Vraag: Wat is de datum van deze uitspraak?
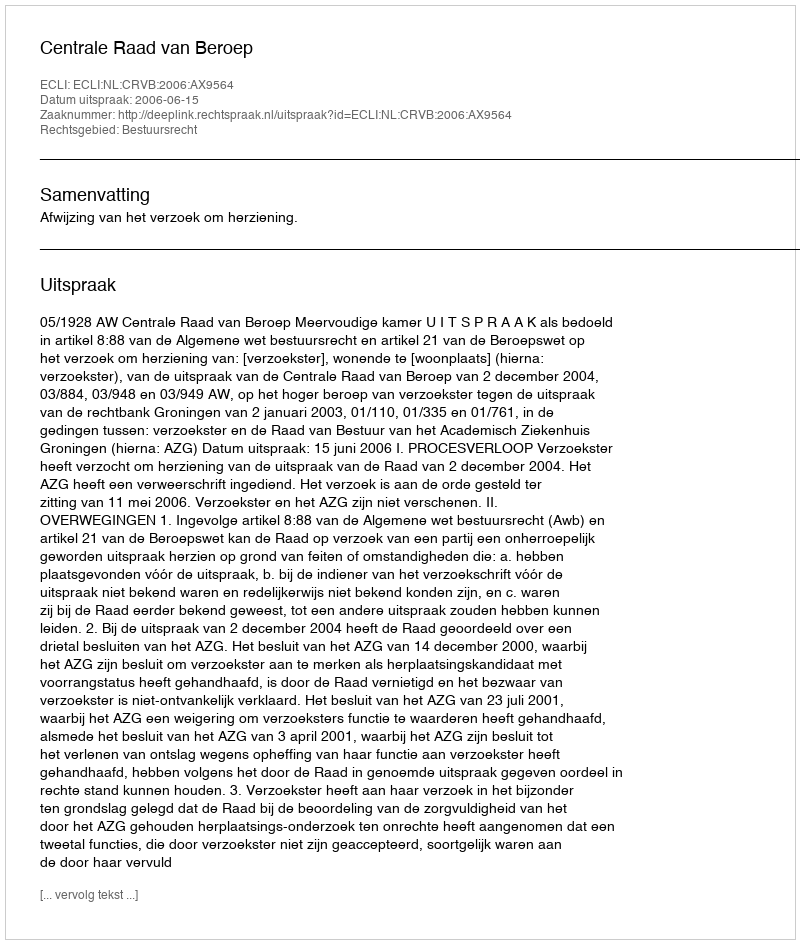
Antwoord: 2006-06-15